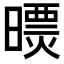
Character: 𣊠